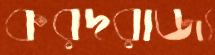
করদরাজ্য